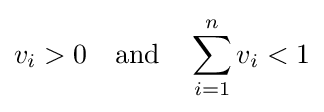
v_{i}>0\quad {\mbox{and}}\quad \sum _{i=1}^{n}v_{i}<1